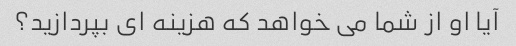
آیا او از شما می خواهد که هزینه ای بپردازید؟